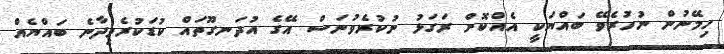
ހިމޭނުން ނުހުރެވޭ ބައްޔަކީ އެއްކޮށް ރަގަޅު ނުކުރެވުނަސް އޭގެ އުދަނގޫތައް ކުޑަކުރެވިދާނެ ބައްޔެއް